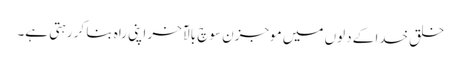
خلق خدا کے دلوں میں موجزن سوچ بالآخر اپنی راہ بنا کر رہتی ہے۔